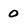
Character: 0